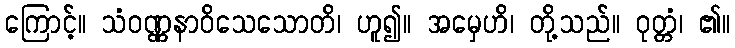
ကြောင့်။ သံဝဏ္ဏနာဝိသေသောတိ၊ ဟူ၍။ အမှေဟိ၊ တို့သည်။ ဝုတ္တံ၊ ၏။